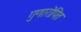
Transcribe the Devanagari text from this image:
गुणारोपित